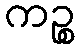
ကဉ္စ